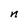
Character: n